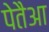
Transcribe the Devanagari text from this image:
पेतैआ